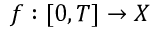
f : [ 0 , T ] \to X